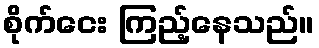
စိုက်ငေး ကြည့်နေသည်။